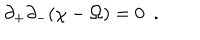
\partial _ { + } \partial _ { - } ( \chi - \Omega ) = 0 \ \ .